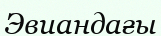
Эвиандағы